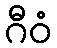
ဂီဝံ